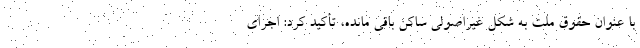
با عنوان حقوق ملت به شکل غیراصولی ساکن باقی مانده، تأکید کرد: اجرای